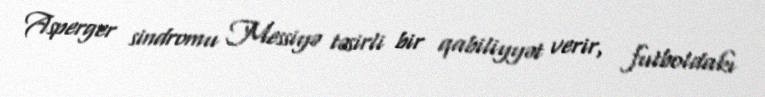
Asperger sindromu Messiyə təsirli bir qabiliyyət verir, futboldakı